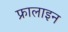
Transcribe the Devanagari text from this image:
फ्रालाइन